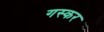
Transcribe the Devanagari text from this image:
गस्कर